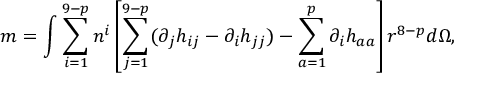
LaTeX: m = \int \sum _ { i = 1 } ^ { 9 - p } n ^ { i } \left[ \sum _ { j = 1 } ^ { 9 - p } ( \partial _ { j } h _ { i j } - \partial _ { i } h _ { j j } ) - \sum _ { a = 1 } ^ { p } \partial _ { i } h _ { a a } \right] r ^ { 8 - p } d \Omega ,